Problem: 7 - 5 = ?
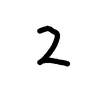
Handwritten answer: 2